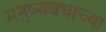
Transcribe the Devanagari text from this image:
मनुष्यवधाच्या